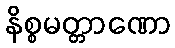
နိစ္စမတ္တာဏော